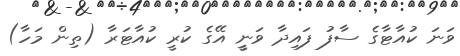
ވަނަ ކުއާޓާގެ ސާފު ފައިދާ ވަނީީ އޭގެ ކުރީ ކުއާޓަރާ (ތިން މަހާ)